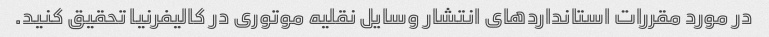
در مورد مقررات استانداردهای انتشار وسایل نقلیه موتوری در کالیفرنیا تحقیق کنید.